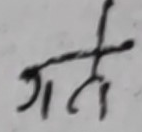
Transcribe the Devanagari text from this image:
गते